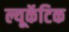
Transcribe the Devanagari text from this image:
ल्यूकॅटिक